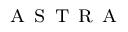
{ \textsc { a s t r a } } { }